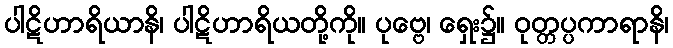
ပါဋိဟာရိယာနိ၊ ပါဋိဟာရိယတို့ကို။ ပုဗ္ဗေ၊ ရှေး၌။ ဝုတ္တပ္ပကာရာနိ၊